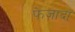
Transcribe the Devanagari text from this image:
फेज़ादा